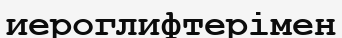
иероглифтерімен